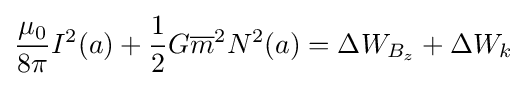
{\frac {\mu _{0}}{8\pi }}I^{2}(a)+{\frac {1}{2}}G{\overline {m}}^{2}N^{2}(a)=\Delta W_{B_{z}}+\Delta W_{k}